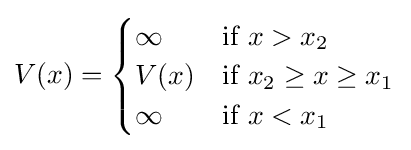
V(x)={\begin{cases}\infty &{\text{if }}x>x_{2}\\V(x)&{\text{if }}x_{2}\geq x\geq x_{1}\\\infty &{\text{if }}x<x_{1}\\\end{cases}}